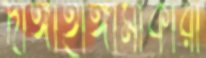
দাঙ্গাহাঙ্গামাকারী